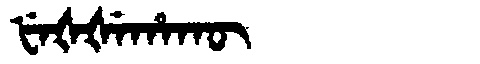
Manchu: ᡶᡝᡧᡧᡝᡥᠠᡴᡡ
Romanization: FEŠŠEHAKŪ